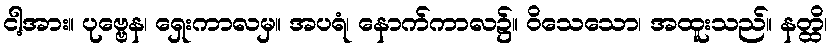
ငါ့အား။ ပုဗ္ဗေန၊ ရှေးကာလမှ။ အပရံ၊ နောက်ကာလ၌။ ဝိသေသော၊ အထူးသည်။ နတ္ထိ၊